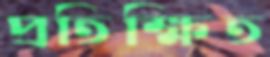
প্রতিক্ষিত